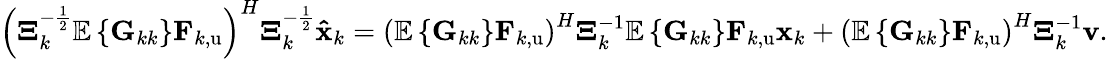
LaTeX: \begin{array}{r}{\left(\mathbf{\Xi}_{k}^{-\frac{1}{2}}\mathbb{E}\left\{ \mathbf{G}_{kk}\right\} \mathbf{F}_{k,\mathrm{u}}\right)^{H}\mathbf{\Xi}_{k}^{-\frac{1}{2}}\mathbf{\hat{x}}_{k}=\left(\mathbb{E}\left\{ \mathbf{G}_{kk}\right\} \mathbf{F}_{k,\mathrm{u}}\right)^{H}\mathbf{\Xi}_{k}^{-1}\mathbb{E}\left\{ \mathbf{G}_{kk}\right\} \mathbf{F}_{k,\mathrm{u}}\mathbf{x}_{k}+\left(\mathbb{E}\left\{ \mathbf{G}_{kk}\right\} \mathbf{F}_{k,\mathrm{u}}\right)^{H}\mathbf{\Xi}_{k}^{-1}\mathbf{v}.}\end{array}